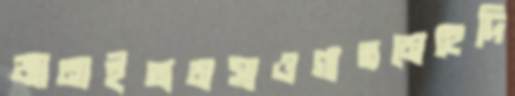
জানাইতামসাওগাতমেহেদি